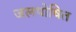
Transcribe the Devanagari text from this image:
जलपोषित